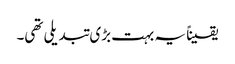
یقیناً یہ بہت بڑی تبدیلی تھی۔